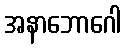
အနာဘောဂေါ